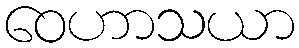
ဝေဟာသယာ